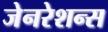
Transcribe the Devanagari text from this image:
जेनरेशन्स